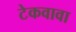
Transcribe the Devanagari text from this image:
टेकवावा